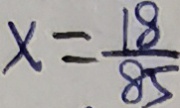
x = \frac { 1 8 } { 8 5 }